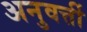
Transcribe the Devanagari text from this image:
अनुवर्त्ती